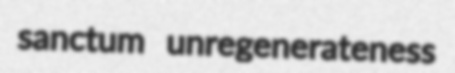
sanctum unregenerateness